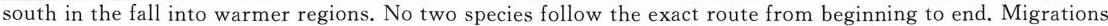
south in the fall into warmer regions. No two species follow the exact route from beginning to end. Migrations